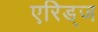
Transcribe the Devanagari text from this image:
एरिड्‌ज